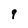
Character: 9